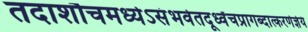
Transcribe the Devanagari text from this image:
तदाशौचमध्येऽसंभवेतदूर्ध्वंचप्रागब्दात्करणेज्ञेयं